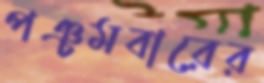
পঞ্চমবারের